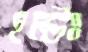
হল্টঃ